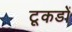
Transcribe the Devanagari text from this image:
टूकडों